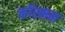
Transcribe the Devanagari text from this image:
कॉस्मन